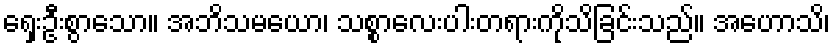
ရှေးဦးစွာသော။ အဘိသမယော၊ သစ္စာလေးပါးတရားကိုသိခြင်းသည်။ အဟောသိ၊